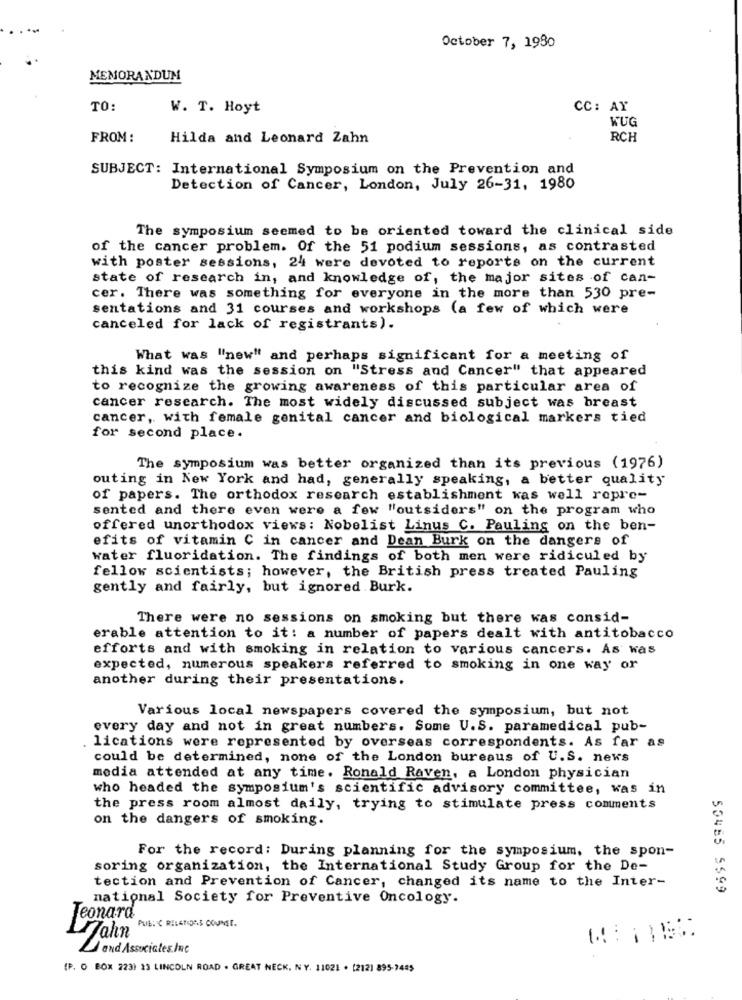
October 7, 1980
MEMORANDUM
TO:
W. T. Hoyt
CC: AY
WUG
FROM :
Hilda and Leonard Zahn
RCH
SUBJECT: International Symposium on the Prevention and
Detection of Cancer, London, July 26-31, 1980
The symposium seemed to be oriented toward the clinical side
of the cancer problem. Of the 51 podium sessions, as contrasted
with poster sessions, 24 were devoted to reports on the current
state of research in, and knowledge of, the major sites of can-
cer. There was something for everyone in the more than 530 pre-
sentations and 31 courses and workshops (a few of which were
canceled for lack of registrants).
What was "new" and perhaps significant for a meeting of
this kind was the session on "Stress and Cancer" that appeared
to recognize the growing awareness of this particular area of
cancer research. The most widely discussed subject was breast
cancer, with female genital cancer and biological markers tied
for second place.
The symposium was better organized than its previous (1976)
outing in New York and had, generally speaking, a better quality
of papers. The orthodox research establishment was well ropre-
sented and there even were a few "outsiders" on the program who
offered unorthodox views: Nobelist Linus C. Pauling on the ben-
efits of vitamin C in cancer and Dean Burk on the dangers of
water fluoridation. The findings of both men were ridiculed by
fellow scientists; however, the British press treated Pauling
gently and fairly, but ignored Burk.
There were no sessions on smoking but there was consid-
erable attention to it: a number of papers dealt with antitobacco
efforts and with smoking in relation to various cancers. As was
expected, numerous speakers referred to smoking in one way or
another during their presentations.
Various local newspapers covered the symposium, but not
every day and not in great numbers. Some U.S. paramedical pub-
lications were represented by overseas correspondents. As far as
could be determined, none of the London bureaus of U.S. news
media attended at any time. Ronald Raven, a London physician
who headed the symposium's scientific advisory committee, was in
the press room almost daily, trying to stimulate press comments
on the dangers of smoking.
For the record: During planning for the symposium, the spon-
soring organization, the International Study Group for the De-
tection and Prevention of Cancer, changed its name to the Inter-
55465 5599
national Society for Preventive Oncology.
Jeonard
PUB: C RELATIONS COUNSE.
Hahn
and Associates Inc
(P. O BOX 223) 13 LINCOLN ROAD . GREAT NECK, NY. 11021 . (2121 895-7445